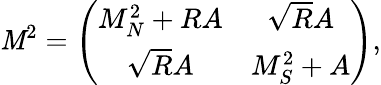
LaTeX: \mathit{M}^{2}=\left(\begin{array}{cc}{{M_{N}^{2}+RA}}&{{\sqrt{R}A}}\\ {{\sqrt{R}A}}&{{M_{S}^{2}+A}}\end{array}\right),